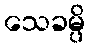
သေခမ္ပိ